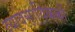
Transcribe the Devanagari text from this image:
व्यावसायिककों